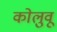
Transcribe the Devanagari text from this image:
कोलुवू